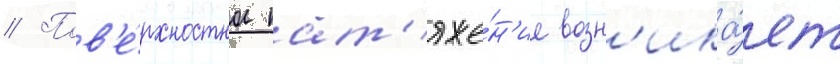
// Пов'е́рхностное нат'яже́н'ие возн'ика́ет